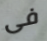
فى